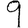
Digit: 9